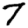
Digit: 7